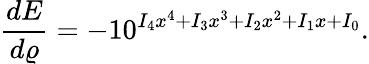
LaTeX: \frac{dE}{d\varrho}=-10^{I_{4}x^{4}+I_{3}x^{3}+I_{2}x^{2}+I_{1}x+I_{0}}.